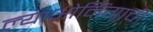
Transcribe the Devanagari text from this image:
ल्याओनिंगाची